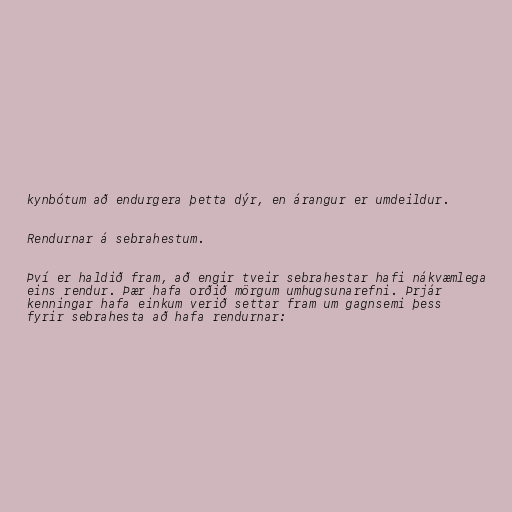
kynbótum að endurgera þetta dýr, en árangur er umdeildur.

Rendurnar á sebrahestum.

Því er haldið fram, að engir tveir sebrahestar hafi nákvæmlega
eins rendur. Þær hafa orðið mörgum umhugsunarefni. Þrjár
kenningar hafa einkum verið settar fram um gagnsemi þess
fyrir sebrahesta að hafa rendurnar: